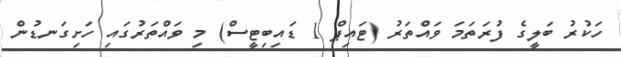
ހަކުރު ބަލީގެ ފުރަތަމަ ވައްތަރު (ޓައިޕް 1 ޑައިބިޓީސް) މި ވައްތަރުގައި ހަށިގަނޑުން